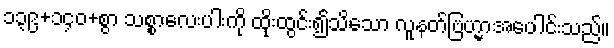
၁၃၉+၁၄၀+စွာ သစ္စာလေးပါးကို ထိုးထွင်း၍သိသော လူနတ်ဗြဟ္မာအပေါင်းသည်။